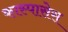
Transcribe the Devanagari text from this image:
कास्पासेस